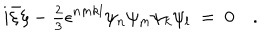
i \bar { \xi } \xi - { \textstyle { \frac 2 3 } } \epsilon ^ { n m k l } \psi _ { n } \psi _ { m } \psi _ { k } \psi _ { l } \ = \ 0 \quad .